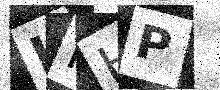
Text: IRHP